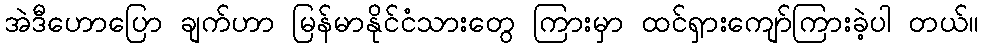
အဲဒီဟောပြော ချက်ဟာ မြန်မာနိုင်ငံသားတွေ ကြားမှာ ထင်ရှားကျော်ကြားခဲ့ပါ တယ်။